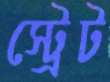
স্ট্রেট